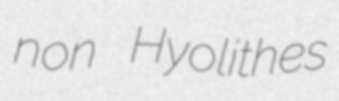
non Hyolithes